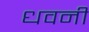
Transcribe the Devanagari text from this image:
धवनी